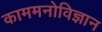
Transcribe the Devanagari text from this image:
काममनोविज्ञान